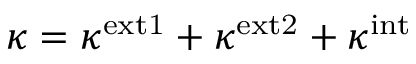
\kappa = \kappa ^ { \mathrm { e x t 1 } } + \kappa ^ { \mathrm { e x t 2 } } + \kappa ^ { \mathrm { i n t } }